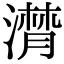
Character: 𣽽